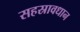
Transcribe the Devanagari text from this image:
सहस्रावधान